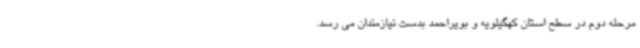
مرحله دوم در سطح استان کهگیلویه و بویراحمد بدست نیازمندان می رسد.